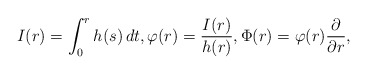
\begin{align*}I(r) = \int_0^r h(s)\, d t, \varphi(r) = \frac{ I(r)}{h(r)},\Phi(r) = \varphi(r) \frac{\partial }{ \partial r}, \end{align*}